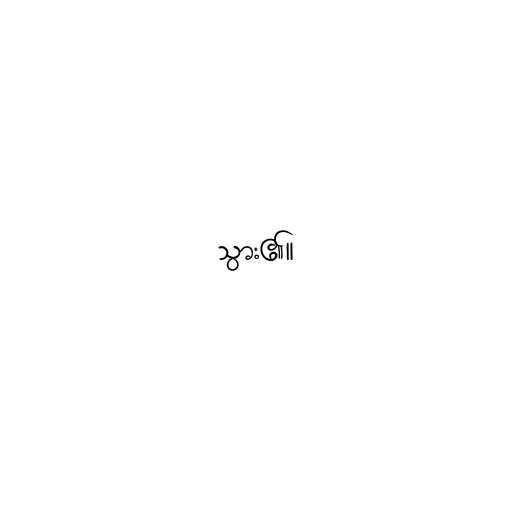
သွား၏။